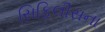
સિફિલીસના